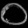
Digit: ၀